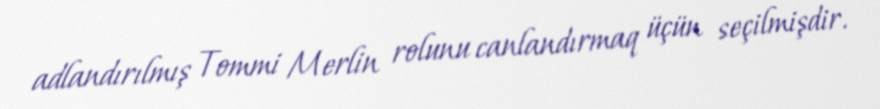
adlandırılmış Tommi Merlin rolunu canlandırmaq üçün seçilmişdir.